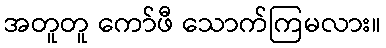
အတူတူ ကော်ဖီ သောက်ကြမလား။